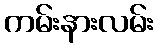
ကမ်းနားလမ်း